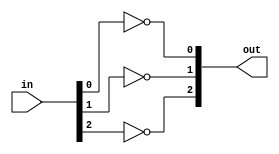
module NOTtema(input[2:0] in, output[2:0] out);
	assign out[0] = !in[0];
	assign out[1] = !in[1];
	assign out[2] = !in[2];
endmodule